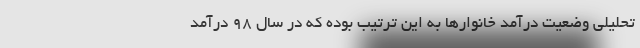
تحلیلی وضعیت درآمد خانوارها به این ترتیب بوده که در سال ۹۸ درآمد